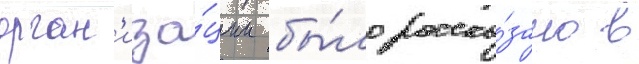
орган'иза́ции бы́ло расска́зано в